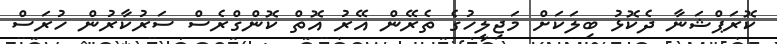
ކޮރަޕްޝަނާ ދެކޮޅު ބިލަކަށް މަޖިލީހުގެ ތެރޭން އޭރު އޮތް ކޮންގްރެސް ސަރުކާރުން ހުރަސް